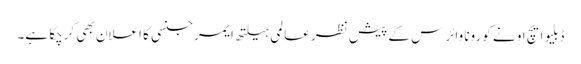
ڈبلیو ایچ او نے کورونا وائرس کے پیش نظر عالمی ہیلتھ ایمرجنسی کا اعلان بھی کرچکا ہے۔